Leaving Certificate Examination (including Day School Certificate (Higher) General paper), 1932
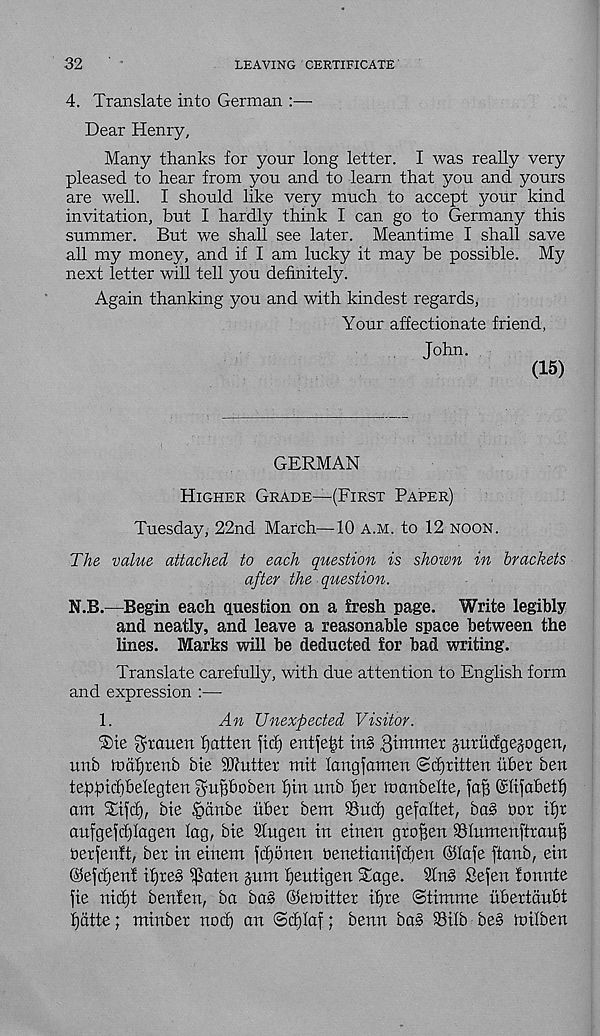
32
LEAVING CERTIFICATE
4. Translate into German :—
Dear Henry,
Many thanks for your long letter. I was really very
pleased to hear from you and to learn that you and yours
are well. I should like very much to accept your kind
invitation, but I hardly think I can go to Germany this
summer. But we shall see later. Meantime I shall save
all my money, and if I am lucky it may be possible. My
next letter will tell you definitely.
Again thanking you and with kindest regards,
Your affectionate friend,
John.
(15)
GERMAN
Higher Grade—(First Paper)
Tuesday, 22nd March—10 a.m. to 12 noon.
The value attached to each question is shown in brackets
after the question.
N.B.—Begin each question on a fresh page. Write legibly
and neatly, and leave a reasonable space between the
lines. Marks will be deducted for bad writing.
Translate carefully, with due attention to English form
and expression :—
1.
An Unexpected Visitor.
®te Bremen flatten fief) entfetjt in§ gimtnet jurucfgejogen,
nnb n>af)renb bie SDJutter mit langfamen 0d)ritten fiber ben
tefofiicbbelegten ^ufjboben f)in unb fjer inanbelte, faff (Slifabetf)
am STifcf), bie ftanbe fiber bent 93ucf) gefaltet, ba§ bor if)r
anfgefcfjlagen fag, bie Sfugen in einen groffen iBIumenftranfi
berfenft, ber in einem fdionen benetianifcfien (hfafe ftanb, ein
©efcfjenf if)re§ $aten gum fjentigen Stage. 2fn8 Sefen tonnte
fie nieffi benfen, ba bas ©emitter ifjre ©timme fibertdnbt
f)dtte; minber nocf) an ©d)faf; benn ba§ 33ifb be§ mifben